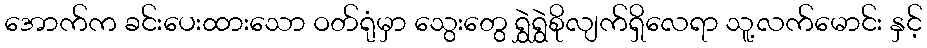
အောက်က ခင်းပေးထားသော ဝတ်ရုံမှာ သွေးတွေ ရွှဲရွှဲစိုလျက်ရှိလေရာ သူ့လက်မောင်း နှင့်